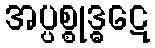
အပ္ပစ္စုဒ္ဓဋေ